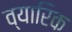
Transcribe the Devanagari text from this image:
व्यारिक